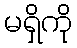
မရှိကို